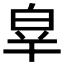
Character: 𤽝